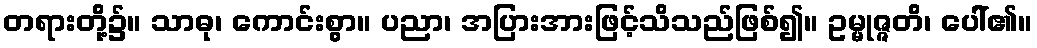
တရားတို့၌။ သာဓု၊ ကောင်းစွာ။ ပညာ၊ အပြားအားဖြင့်သိသည်ဖြစ်၍။ ဥမ္မုဇ္ဇတိ၊ ပေါ်၏။